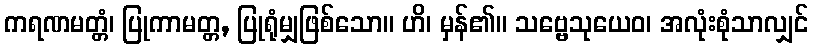
ကရဏမတ္တံ၊ ပြုကာမတ္တ, ပြုရုံမျှဖြစ်သော။ ဟိ၊ မှန်၏။ သဗ္ဗေသုယေဝ၊ အလုံးစုံသာလျှင်